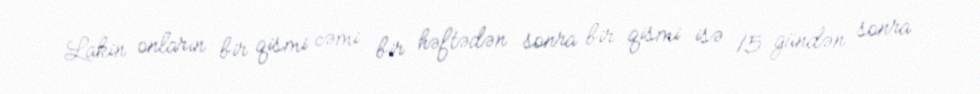
Lakin onların bir qismi cəmi bir həftədən sonra bir qismi isə 15 gündən sonra